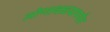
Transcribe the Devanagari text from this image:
लोणावळ्यापर्यंत